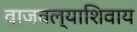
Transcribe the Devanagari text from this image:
वाजवल्याशिवाय